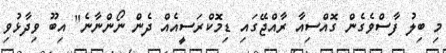
މި ބިލު ފާސްވެގެން ގޮއްސިއާ ރާއްޖޭގައި ޑިމޮކްރަސީއެއް ދެން ނޯންނާނެ" އިބޫ ވިދާޅުވި